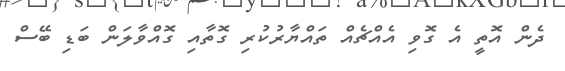
ދެން އޮތީ އެ ގޮވި އެއްޗެއް ތައްޔާރުކުރި ގޮތާއި ގޮއްވާލަން ބަޑި ބޭސް